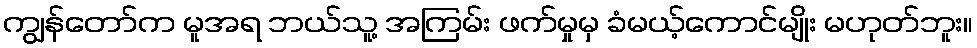
ကျွန်တော်က မူအရ ဘယ်သူ့ အကြမ်း ဖက်မှုမှ ခံမယ့်ကောင်မျိုး မဟုတ်ဘူး။